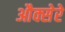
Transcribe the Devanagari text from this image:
औक्सेरे